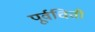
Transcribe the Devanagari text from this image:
पूर्वचिती